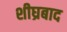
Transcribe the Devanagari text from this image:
शीघ्रबाद